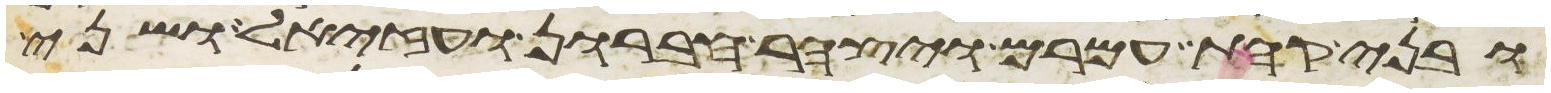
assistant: ובני קהת עמרם ויצהר חברון ועזיאל ושני